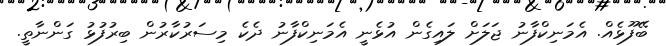
ބޭފޫޅެއް. އެމަނިކްފާނު ޖަލަށް ލައިގެން އުޅެނީ އެމަނިކްފާނު ދެކެ މިސަރުކާރުން ބިރުފުޅު ގަންނާތީ.